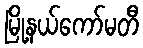
မြို့နယ်ကော်မတီ